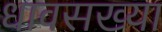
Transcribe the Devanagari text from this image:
धावसख्या